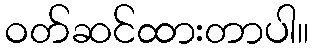
ဝတ်ဆင်ထားတာပါ။